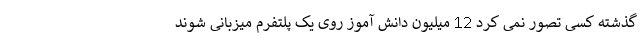
گذشته کسی تصور نمی کرد 12 میلیون دانش آموز روی یک پلتفرم میزبانی شوند